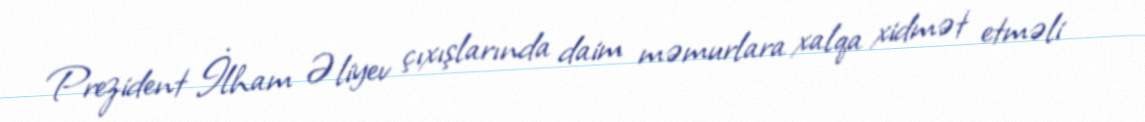
Prezident İlham Əliyev çıxışlarında daim məmurlara xalqa xidmət etməli